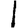
Digit: 1